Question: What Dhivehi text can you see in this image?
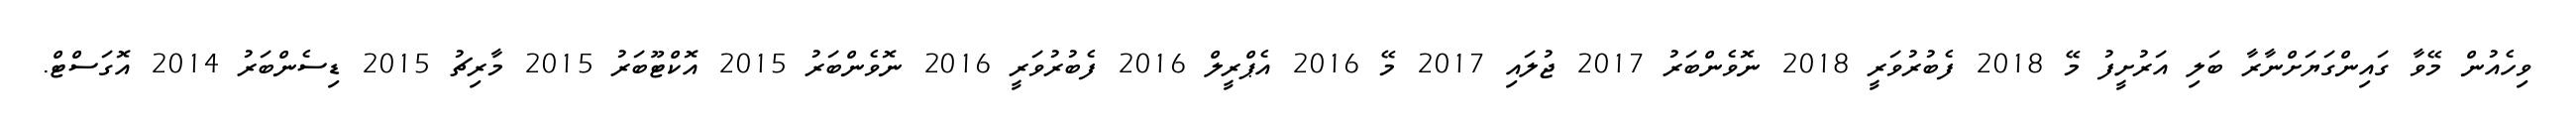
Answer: ވިހެއުން މޭވާ ގައިންގަޔަށްނާރާ ބަލި އަރުށީފު މޭ 2018 ފެބުރުވަރީ 2018 ނޮވެންބަރު 2017 ޖުލައި 2017 މޭ 2016 އެޕްރީލް 2016 ފެބުރުވަރީ 2016 ނޮވެންބަރު 2015 އޮކްޓޫބަރު 2015 މާރިޗު 2015 ޑިސެންބަރު 2014 އޮގަސްޓް.